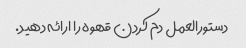
دستورالعمل دم کردن قهوه را ارائه دهید.